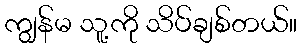
ကျွန်မ သူ့ကို သိပ်ချစ်တယ်။